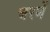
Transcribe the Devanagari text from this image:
चरणें